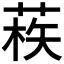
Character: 𦳿